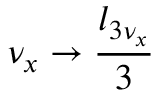
\nu _ { x } \rightarrow \frac { l _ { 3 \nu _ { x } } } { 3 }